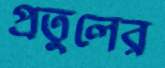
প্রতুলের